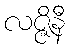
လဇ္ဇိနီ